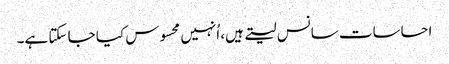
احساسات سانس لیتے ہیں، اُنہیں محسوس کیا جا سکتا ہے۔